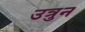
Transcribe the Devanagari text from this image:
उत्रुन